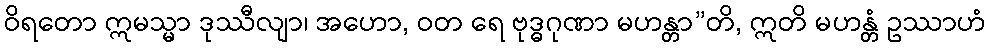
ဝိရတော ဣမသ္မာ ဒုဿီလျာ၊ အဟော, ဝတ ရေ ဗုဒ္ဓဂုဏာ မဟန္တာ”တိ, ဣတိ မဟန္တံ ဥဿာဟံ